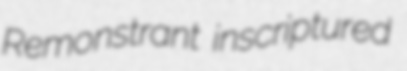
Remonstrant inscriptured